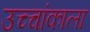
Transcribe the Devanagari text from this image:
उच्चांकाला